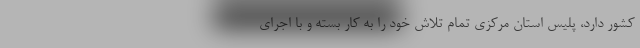
کشور دارد، پلیس استان مرکزی تمام تلاش خود را به کار بسته و با اجرای